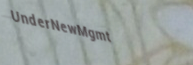
UnderNewMgmt